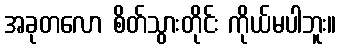
အခုတလော စိတ်သွားတိုင်း ကိုယ်မပါဘူး။